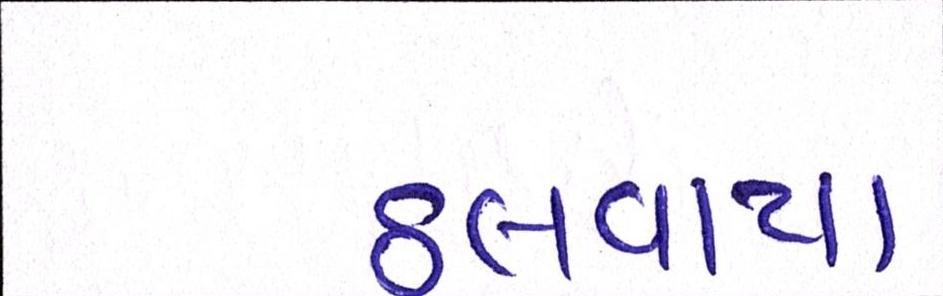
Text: ઠલવાયા